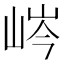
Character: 𡷴